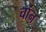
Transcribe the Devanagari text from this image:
चांन